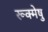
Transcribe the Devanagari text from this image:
रूक्मेषु